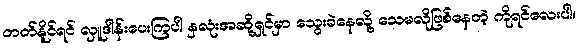
တတ်နိူင်ရင် လှူဒါန်းပေးကြပါ နှလုံးအဆို့ရှင်မှာ သွေးခဲနေလို့ သေမလိုဖြစ်နေတဲ့ ကိုရင်လေးပါ။